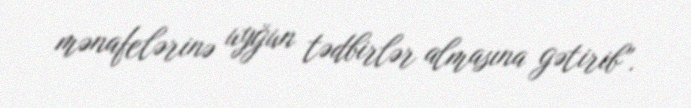
mənafelərinə uyğun tədbirlər almasına gətirib”.